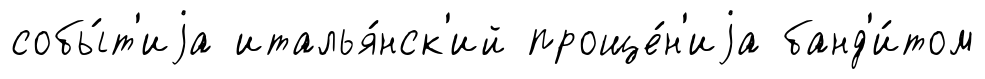
собы́т'иjа италья́нск'ий проще́н'иjа банд'и́том